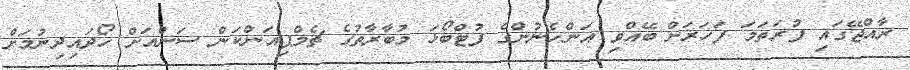
ރާއްޖޭގައި ފުރަތަމަ ފަހަރަށް ބޭއްވި އަންހެނުންގެ ފުޓްބޯޅަ މުބާރާތުގެ ޗެމްޕިއަންކަން ސަންއަށް ހޯދައިދިނުމަށް